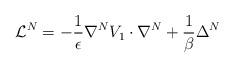
LaTeX: \begin{align*} \mathcal{L}^N = -\frac{1}{\epsilon} \nabla^NV_1 \cdot \nabla^N + \frac{1}{\beta} \Delta^N \end{align*}